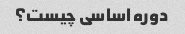
دوره اساسی چیست؟